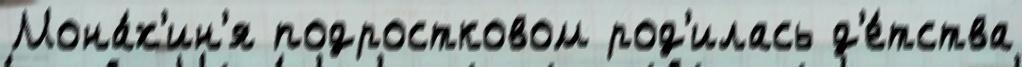
Мона́х'ин'я подростковом род'илась д'е́тства